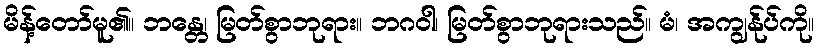
မိန့်တော်မူ၏။ ဘန္တေ၊ မြတ်စွာဘုရား။ ဘဂဝါ၊ မြတ်စွာဘုရားသည်။ မံ၊ အကျွန်ုပ်ကို။